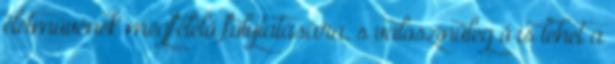
életművének megfelelő folytatására, s valószínűleg ő is lehet a